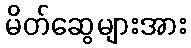
မိတ်ဆွေများအား